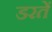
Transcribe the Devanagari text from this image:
डरतें